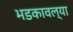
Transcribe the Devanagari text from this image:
भडकावल्या